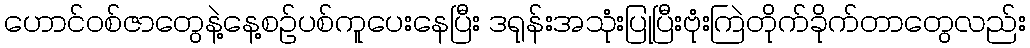
ဟောင်ဝစ်ဇာတွေနဲ့နေ့စဥ်ပစ်ကူပေးနေပြီး ဒရုန်းအသုံးပြုပြီးဗုံးကြဲတိုက်ခိုက်တာတွေလည်း